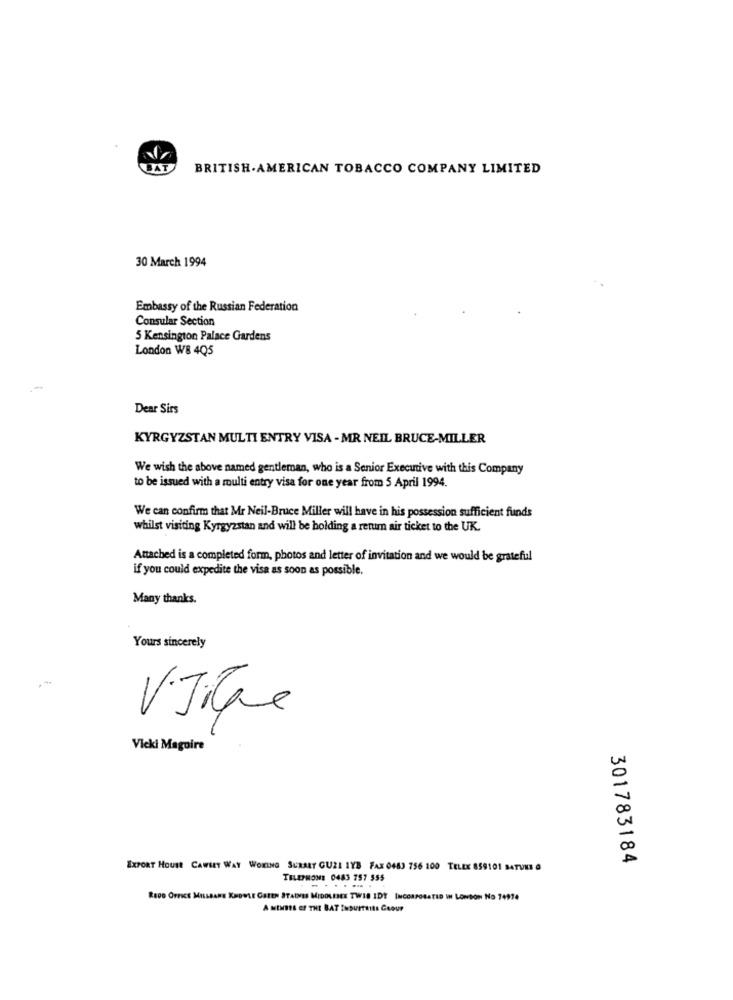
BRITISH.AMERICAN TOBACCO COMPANY LIMITED
30 March 1994
Embassy of the Russian Federation
Consular Section
5 Kensington Palace Gardens
London W8 4Q5
Dear Sirs
KYRGYZSTAN MULTI ENTRY VISA - MR NEIL BRUCE-MILLER
We wish the above named gentleman, who is a Senior Executive with this Company
to be issued with a multi entry visa for one year from 5 April 1994.
We can confirm that Mr Neil-Bruce Miller will have in his possession sufficient funds
whilst visiting Kyrgyzstan and will be holding a retum air ticket to the UK.
Attached is a completed form, photos and letter of invitation and we would be grateful
if you could expedite the visa as soon as possible.
Many thanks.
Yours sincerely
-
Vicki Maguire
20
00
301783184
EXPORT HOUSE CAWLEY WAY WOKING SURALT CUZL IYE FAX 0483 756 100 TELEX 859101 SATURE @
TELEPHONE 0483 757 555
.......
REDD OFFICE MILLBARE KNOWLE GALES STAINS MIDOLENEE TWIS IDE INCORPORATED IN LONDON No 14914
A MtHBES ef THE BAT TusurTeils Geour